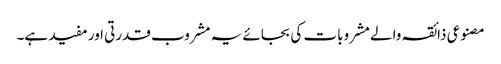
مصنوعی ذائقہ والے مشروبات کی بجائے یہ مشروب قدرتی اور مفید ہے۔